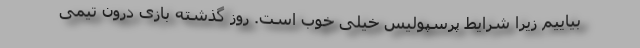
بیاییم زیرا شرایط پرسپولیس خیلی خوب است. روز گذشته بازی درون تیمی